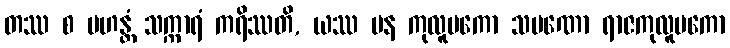
တဿ စ မဟန္တံ သက္ကာရံ ကရိဿတိ, ယဿ ပန ကုလူပကော သမဏော ရာဇကုလူပကော